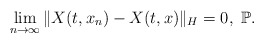
\begin{align*}\lim_{n\rightarrow\infty}\Vert X(t, x_n)-X(t, x)\Vert_H = 0, \ \mathbb{P} .\end{align*}